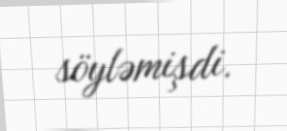
söyləmişdi.